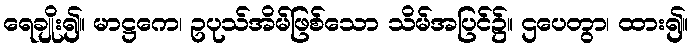
ရေချိုး၍။ မာဋ္ဌကေ၊ ဥပုသ်အိမ်ဖြစ်သော သိမ်အပြင်၌။ ဌပေတွာ၊ ထား၍။